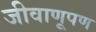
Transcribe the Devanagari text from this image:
जीवाणूपण